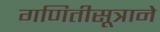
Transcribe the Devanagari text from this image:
गणितीसूत्राने